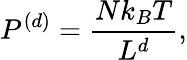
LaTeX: P^{(d)}={\frac{Nk_{B}T}{L^{d}}},